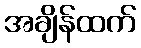
အချိန်ထက်